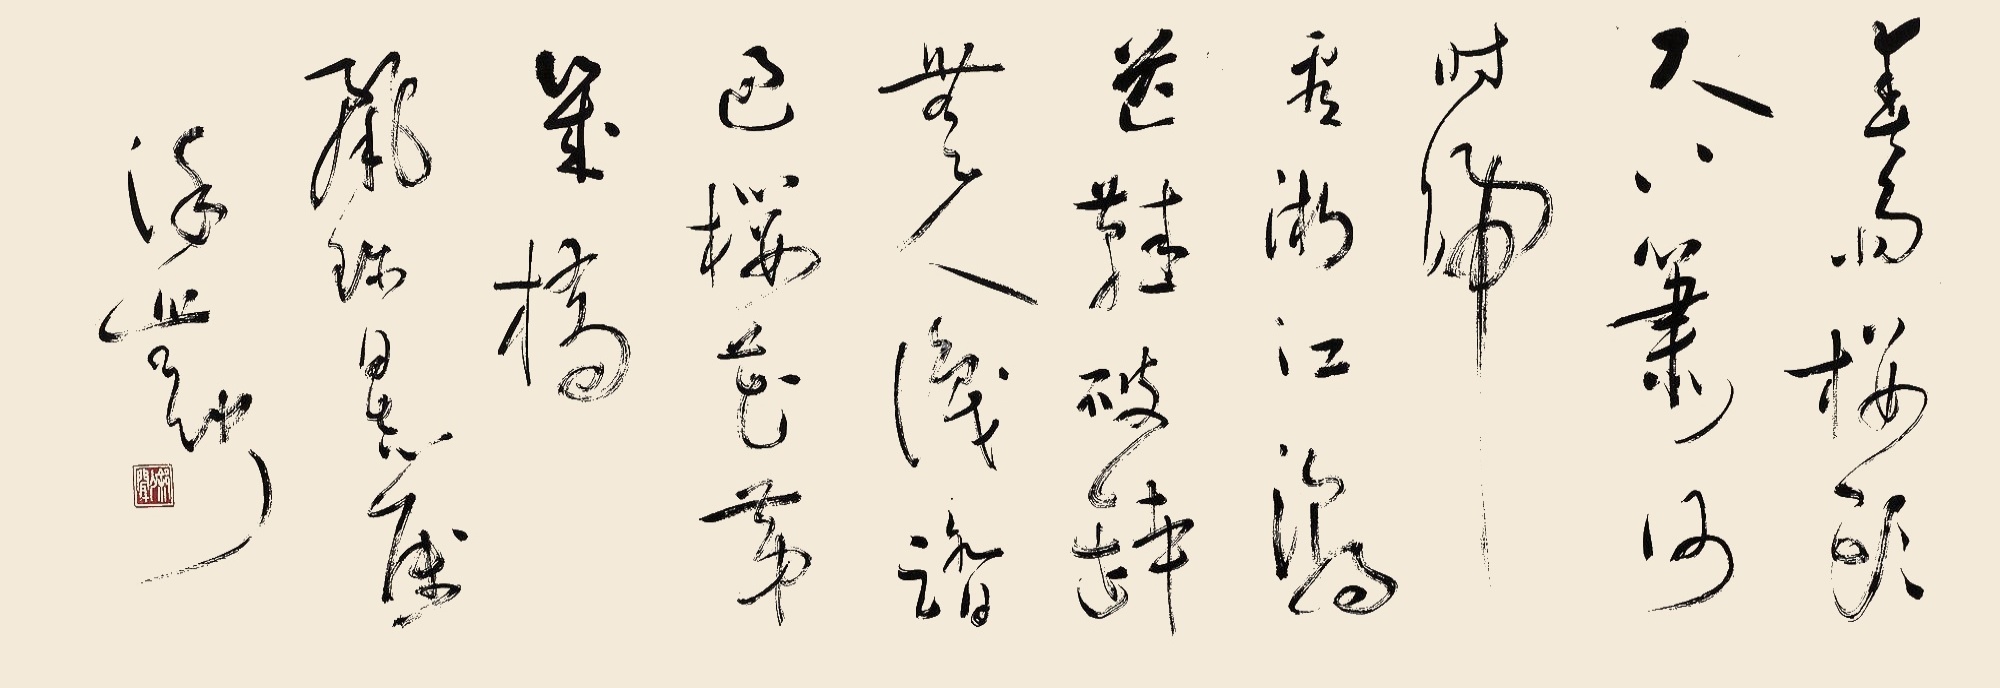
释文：春雨楼头尺八箫，何时归看浙江潮？芒鞋破钵无人识，踏过樱花第几桥？丽珍同志属，徐无闻。